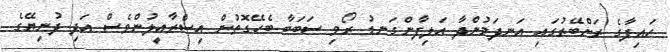
ހައިފާގެ ރަށްބޭރުގައި އަނދަމުންދާ އަލިފާންގަނޑު ރޯވި ސަބަބާ ބެހޭގޮތުން އިސްރާއީލުންވެސް އަދި ދުނިޔޭގެ